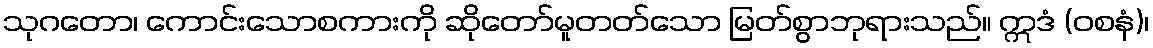
သုဂတော၊ ကောင်းသောစကားကို ဆိုတော်မူတတ်သော မြတ်စွာဘုရားသည်။ ဣဒံ (ဝစနံ)၊